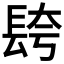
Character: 𮣼